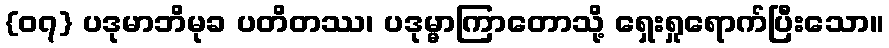
{၀၇} ပဒုမာဘိမုခ ပတိတဿ၊ ပဒုမ္မာကြာတောသို့ ရှေးရှုရောက်ပြီးသော။